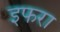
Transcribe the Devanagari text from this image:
इफरा